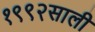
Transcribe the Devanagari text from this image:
१९९२साली